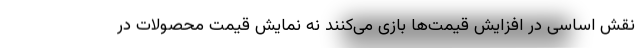
نقش اساسی در افزایش قیمت‌ها بازی می‌کنند نه نمایش قیمت‌ محصولات در